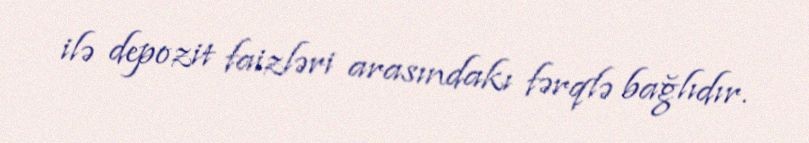
ilə depozit faizləri arasındakı fərqlə bağlıdır.